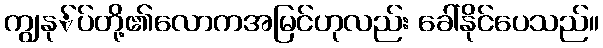
ကျွနု်ပ်တို့၏လောကအမြင်ဟုလည်း ခေါ်နိုင်ပေသည်။